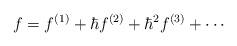
LaTeX: \begin{align*}f = f^{(1)} + \hbar f^{(2)} + \hbar^2 f^{(3)} + \cdots\end{align*}